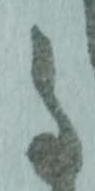
事